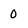
Character: 0